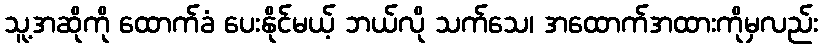
သူ့အဆိုကို ထောက်ခံ ပေးနိုင်မယ့် ဘယ်လို သက်သေ၊ အထောက်အထားကိုမှလည်း